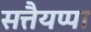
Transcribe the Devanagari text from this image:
सत्तैयप्पा